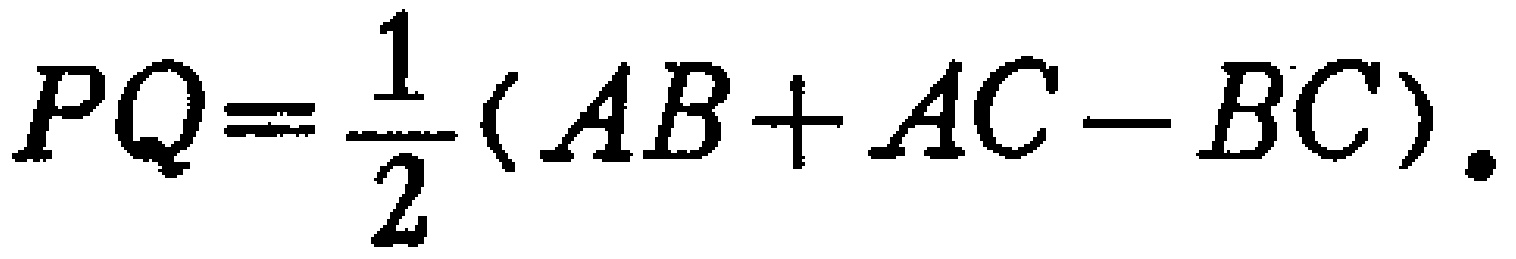
\[PQ=\frac{1}{2}(AB + AC - BC).\]